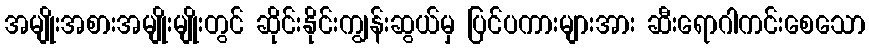
အမျိုးအစားအမျိုးမျိုးတွင် ဆိုင်းနိုင်းကျွန်းဆွယ်မှ ပြင်ပကားများအား ဆီးရောဂါကင်းစေသော